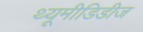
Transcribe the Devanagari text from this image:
थ्यूमीडिडीज